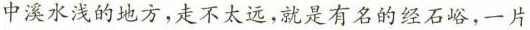
中溪水浅的地方，走不太远，就是有名的经石峪。一片